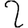
Digit: 2